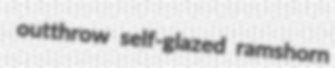
outthrow self-glazed ramshorn